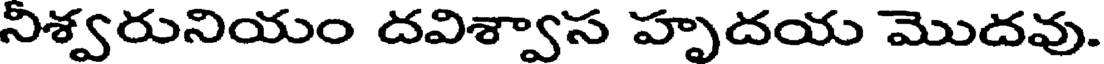
నిశ్వరునియం దవిశ్వాస హృదయ మొదవు.